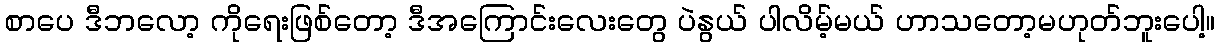
စာပေ ဒီဘလော့ ကိုရေးဖြစ်တော့ ဒီအကြောင်းလေးတွေ ပဲနွယ် ပါလိမ့်မယ် ဟာသတော့မဟုတ်ဘူးပေါ့။